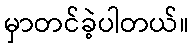
မှာတင်ခဲ့ပါတယ်။